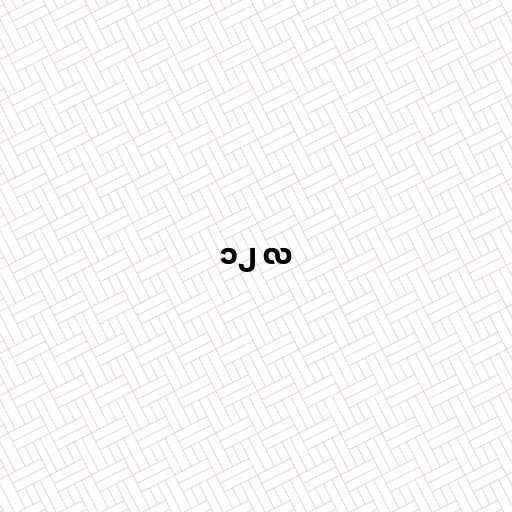
၁၂ လ